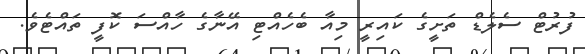
ފުރުޓް ސެލެޑް ތަށީގެ ކައިރީ މިއާ ބެހެއްޓި އޭނާގެ ހާއްސަ ކޮފީ ތައްޓެވެ.